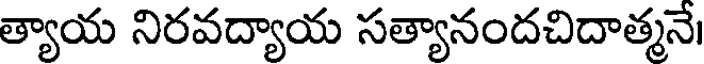
త్యాయ నిరవద్యాయ సత్యానందచిదాత్మనే